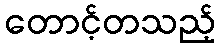
တောင့်တသည့်